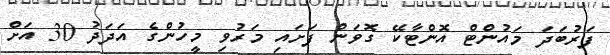
ފަރުބަދަ މައުންޓް އޮންޓާކޭ ގޮވަން ފަށައި މަރުވި މީހުންގެ އަދަދު 30 އަށް